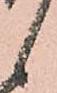
候